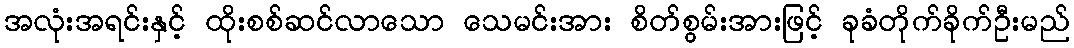
အလုံးအရင်းနှင့် ထိုးစစ်ဆင်လာသော သေမင်းအား စိတ်စွမ်းအားဖြင့် ခုခံတိုက်ခိုက်ဦးမည်